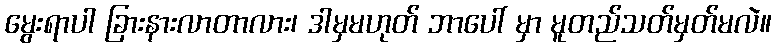
မွေးရာပါ ခြားနားလာတာလား၊ ဒါမှမဟုတ် ဘာပေါ် မှာ မူတည်သတ်မှတ်မလဲ။